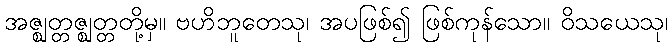
အဇ္ဈတ္တဇ္ဈတ္တတို့မှ။ ဗဟိဘူတေသု၊ အပဖြစ်၍ ဖြစ်ကုန်သော။ ဝိသယေသု၊